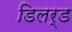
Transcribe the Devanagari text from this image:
डिलर्ड